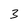
Character: 3